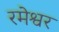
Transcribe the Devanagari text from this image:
रमेश्वर